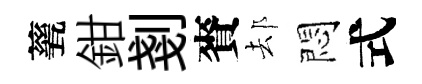
甆鉗剗賚𨚫悶式